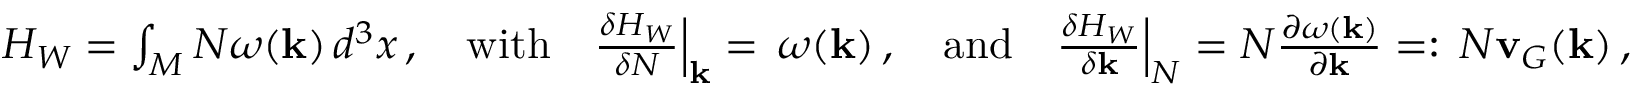
\begin{array} { r } { H _ { W } = \int _ { M } N \omega ( { \mathbf { k } } ) \, d ^ { 3 } x \, , \quad \mathrm { w i t h } \quad \frac { \delta H _ { W } } { \delta N } \Big | _ { { \mathbf { k } } } = \, \omega ( { \mathbf { k } } ) \, , \quad \mathrm { a n d } \quad \frac { \delta H _ { W } } { \delta { \mathbf { k } } } \Big | _ { N } = N \frac { \partial \omega ( { \mathbf { k } } ) } { \partial { \mathbf { k } } } = : \, N { \mathbf { v } } _ { G } ( { \mathbf { k } } ) \, , } \end{array}